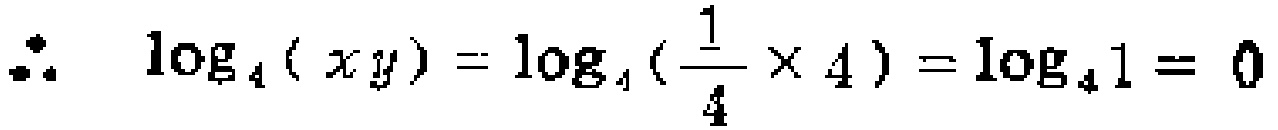
\(\therefore \quad \log _{4}(x y)=\log _{4}(\frac{1}{4} \times 4)=\log _{4} 1=0\)